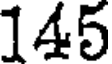
145